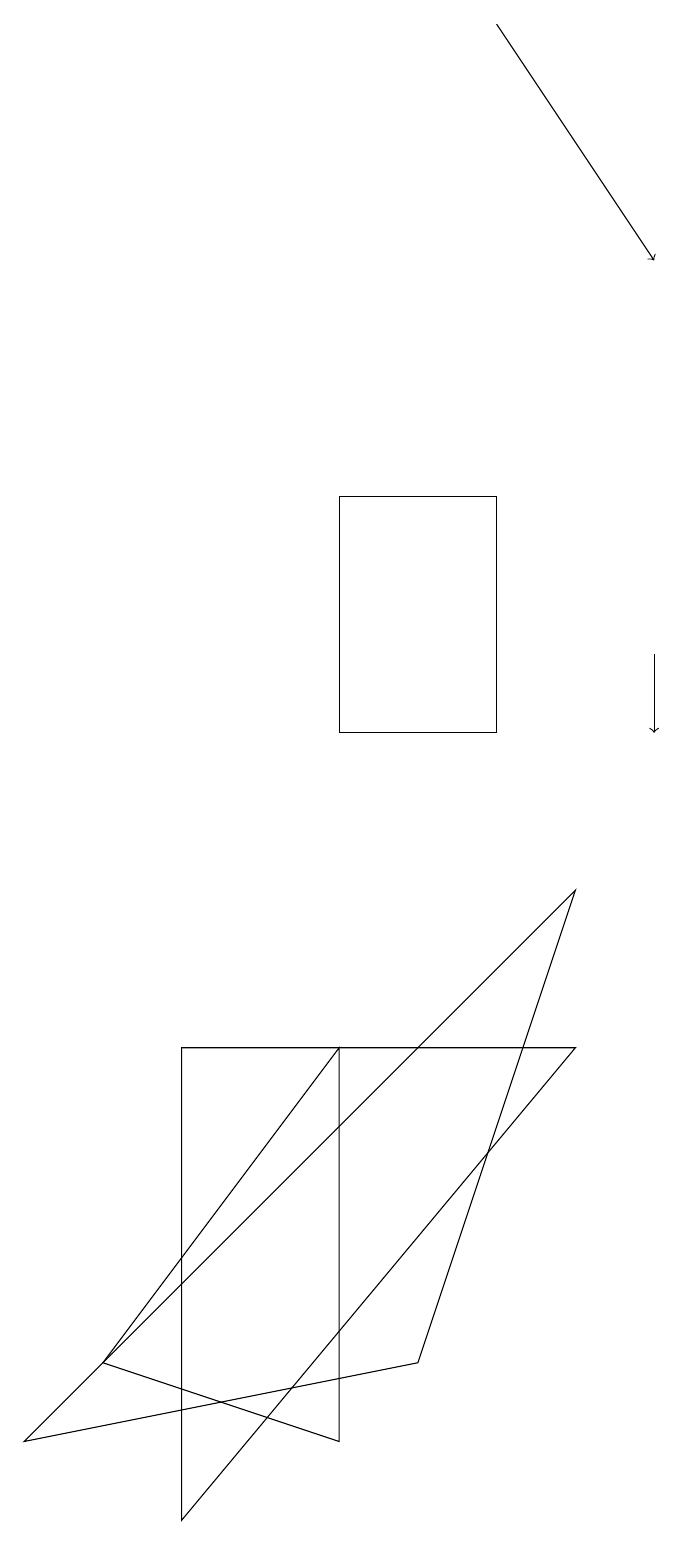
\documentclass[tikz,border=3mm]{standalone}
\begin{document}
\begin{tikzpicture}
\draw[->] (9,11) -- (9,10);
\draw (5,13) rectangle (7,10);
\draw (8,8) -- (1,1) -- (6,2) -- cycle;
\draw (3,6) -- (8,6) -- (3,0) -- cycle;
\draw (5,1) -- (5,6) -- (2,2) -- cycle;
\draw[->] (7,19) -- (9,16);
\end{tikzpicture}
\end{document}